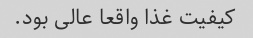
کیفیت غذا واقعا عالی بود.